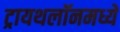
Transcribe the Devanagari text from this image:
ट्रायथलॉनमध्ये